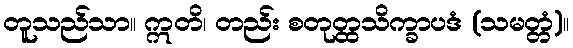
တူသည်သာ။ ဣတိ၊ တည်း စတုတ္ထသိက္ခာပဒံ (သမတ္တံ)။